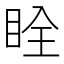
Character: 䀬